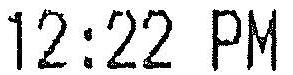
12:22 PM